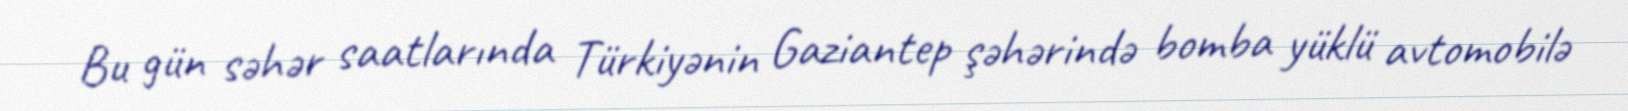
Bu gün səhər saatlarında Türkiyənin Gaziantep şəhərində bomba yüklü avtomobilə